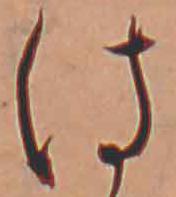
は